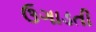
ઉગાડતી